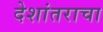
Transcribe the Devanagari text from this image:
देशांतराचा